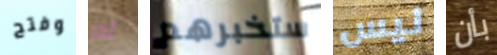
وفتح أدر ستخبرهم ليس بأن